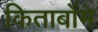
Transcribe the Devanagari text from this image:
किताबोंमे